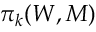
\pi _ { k } ( W , M )